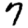
Digit: 7